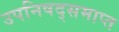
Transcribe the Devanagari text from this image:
उपनिषद्समाप्त